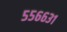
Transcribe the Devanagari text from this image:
५५६६३१